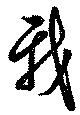
我